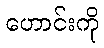
ဟောင်းကို